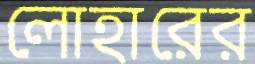
লোহারের